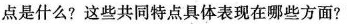
点是什么?这些共同特点具体表现在哪些方面?